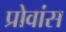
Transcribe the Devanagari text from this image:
प्रोवांस